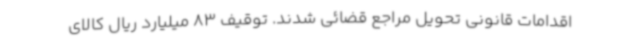
اقدامات قانونی تحویل مراجع قضائی شدند. توقیف 83 میلیارد ریال کالای